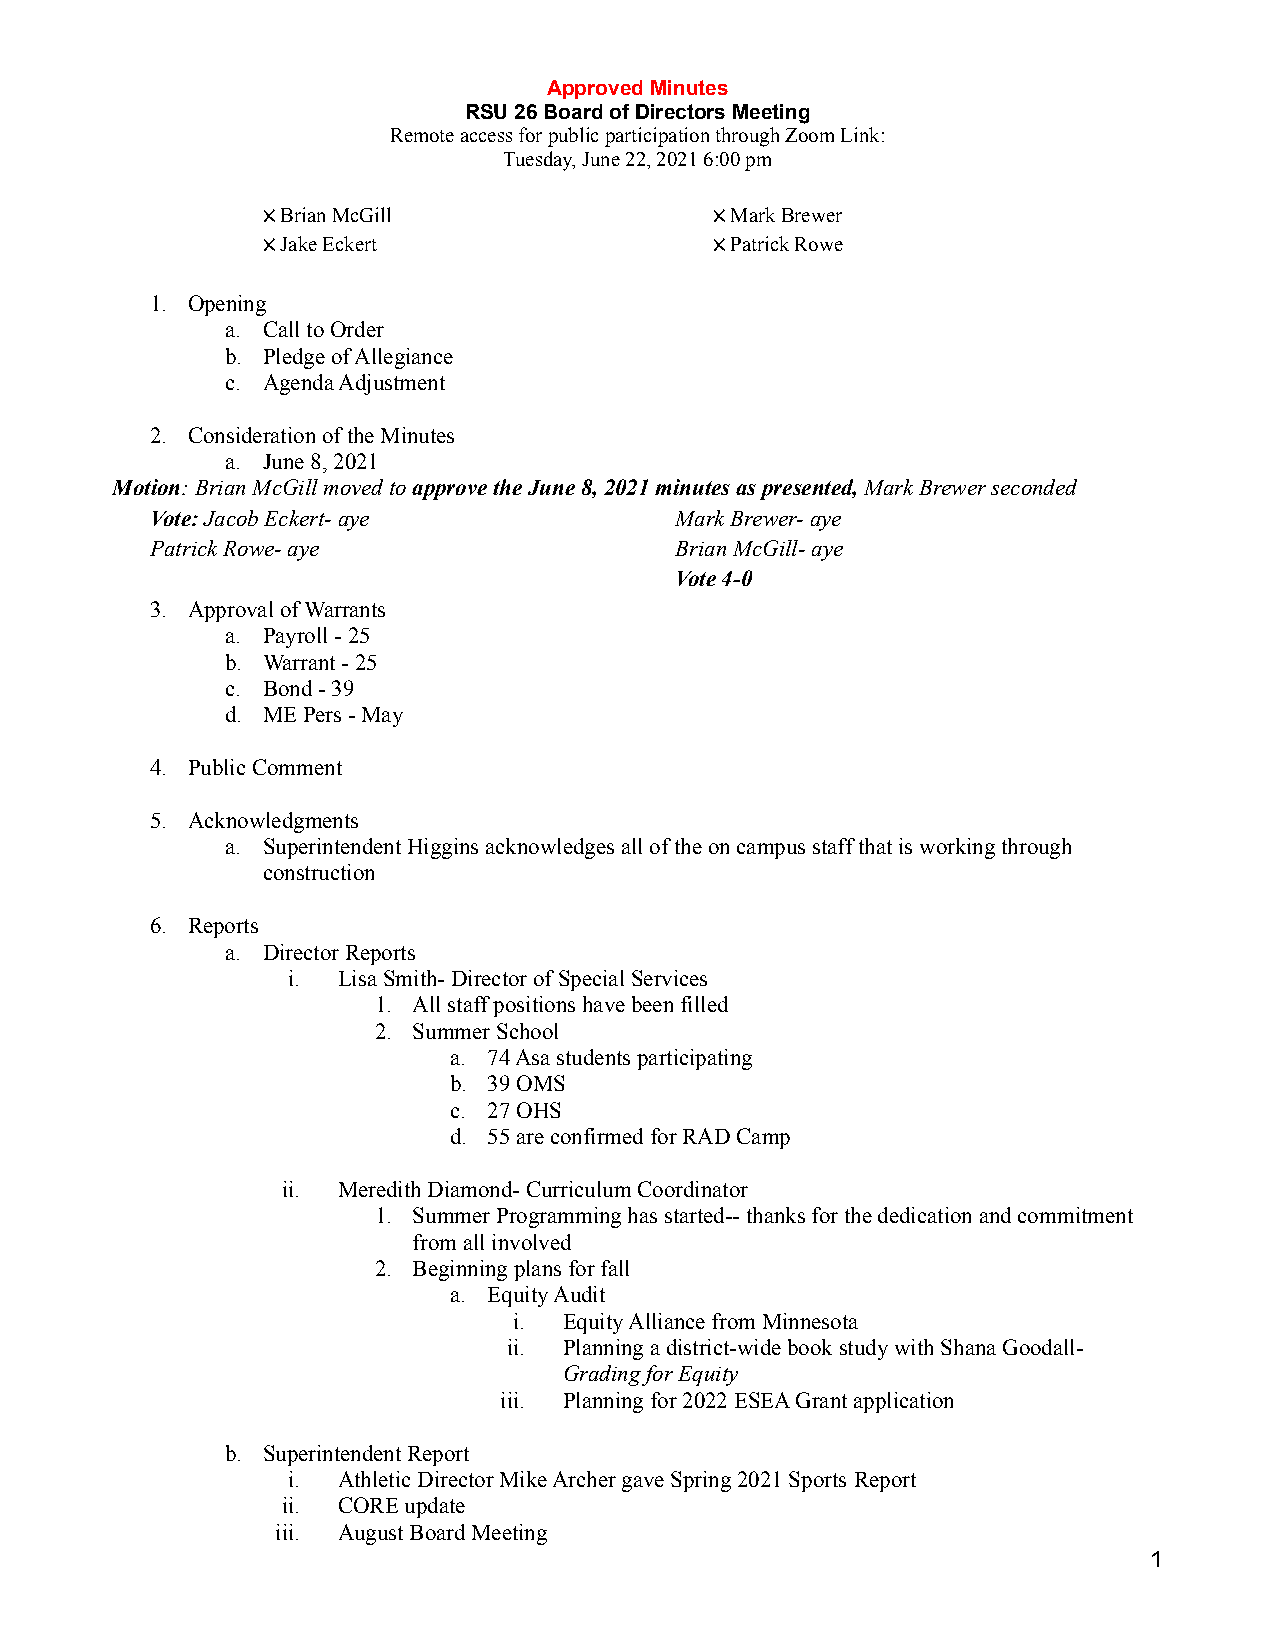
Approved Minutes
 RSU 26 Board of Directors Meeting
 Remote access for public participation through ZoomLink:
 Tuesday, June 22, 2021 6:00 pm
 XBrian McGill                 XMark Brewer
 XJake Eckert                  XPatrick Rowe
 1. Opening
 a. Call to Order
 b. Pledge of Allegiance
 c. Agenda Adjustment
 2. Consideration of the Minutes
 a. June 8, 2021
 Motion: Brian McGill moved toapprove the June 8,2021 minutes as presented,Mark Brewer seconded
 Vote:Jacob Eckert- aye             Mark Brewer- aye
 Patrick Rowe- aye                  Brian McGill- aye
 Vote 4-0
 3. Approval of Warrants
 a. Payroll - 25
 b. Warrant - 25
 c. Bond - 39
 d. ME Pers - May
 4. Public Comment
 5. Acknowledgments
 a. Superintendent Higgins acknowledges all of the oncampus staff that is working through
 construction
 6. Reports
 a. Director Reports
 i. Lisa Smith- Director of Special Services
 1. All staff positions have been filled
 2. Summer School
 a. 74 Asa students participating
 b. 39 OMS
 c. 27 OHS
 d. 55 are confirmed for RAD Camp
 ii. Meredith Diamond- Curriculum Coordinator
 1. Summer Programming has started-- thanks for the dedicationand commitment
 from all involved
 2. Beginning plans for fall
 a. Equity Audit
 i. Equity Alliance from Minnesota
 ii. Planning a district-wide book study with Shana Goodall-
 Grading for Equity
 iii. Planning for 2022 ESEA Grant application
 b. Superintendent Report
 i. Athletic Director Mike Archer gave Spring 2021 Sports Report
 ii. CORE update
 iii. August Board Meeting
 1